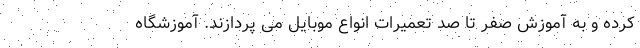
کرده و به آموزش صفر تا صد تعمیرات انواع موبایل می پردازند. آموزشگاه